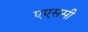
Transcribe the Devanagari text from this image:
एएससी